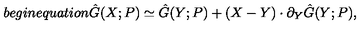
b e g i n { e q u a t i o n } \hat { G } ( X ; P ) \simeq \hat { G } ( Y ; P ) + ( X - Y ) \cdot \partial _ { Y } \hat { G } ( Y ; P ) ,